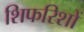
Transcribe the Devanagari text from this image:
शिफरिशों